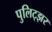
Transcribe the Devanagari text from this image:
पुलिट्झर